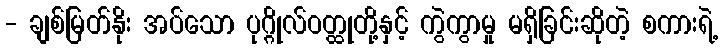
- ချစ်မြတ်နိုး အပ်သော ပုဂ္ဂိုလ်ဝတ္ထုတို့နှင့် ကွဲကွာမှု မရှိခြင်းဆိုတဲ့ စကားရဲ့